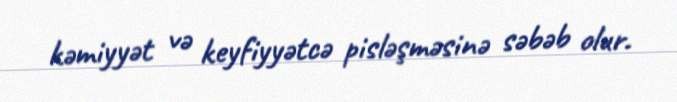
kəmiyyət və keyfiyyətcə pisləşməsinə səbəb olur.